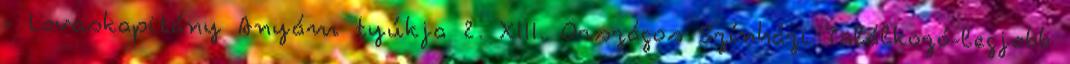
- Lovaskapitány Anyám tyúkja 2. XIII. Országos Színházi Találkozó-legjobb